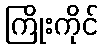
ကြိုးကိုင်